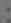
: